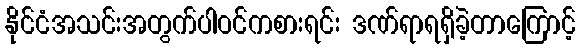
နိုင်ငံအသင်းအတွက်ပါဝင်ကစားရင်း ဒဏ်ရာရရှိခဲ့တာကြောင့်